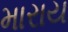
મારાય